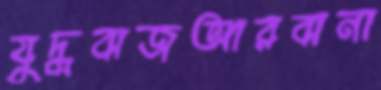
যুদ্ধবাজআরবানা